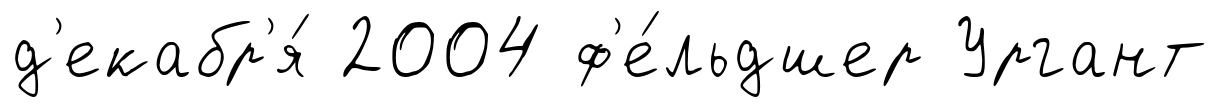
д'екабр'я́ 2004 ф'е́льдшер Ургант